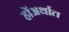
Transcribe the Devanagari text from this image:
होंअर्थात